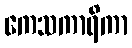
ကေသကာရိကာ